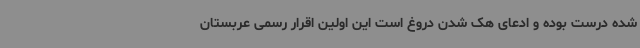
شده درست بوده و ادعای هک شدن دروغ است این اولین اقرار رسمی عربستان